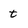
Character: t